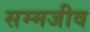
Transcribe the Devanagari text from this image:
सम्मजीव